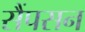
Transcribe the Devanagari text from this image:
सैंपसन